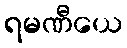
ရမဏီယေ